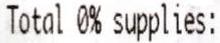
TOTAL 0% SUPPLIES: